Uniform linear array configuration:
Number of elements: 16
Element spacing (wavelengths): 0.5
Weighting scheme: uniform
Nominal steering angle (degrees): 15
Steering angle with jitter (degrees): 15.444
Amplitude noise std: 0.05
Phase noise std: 0.05

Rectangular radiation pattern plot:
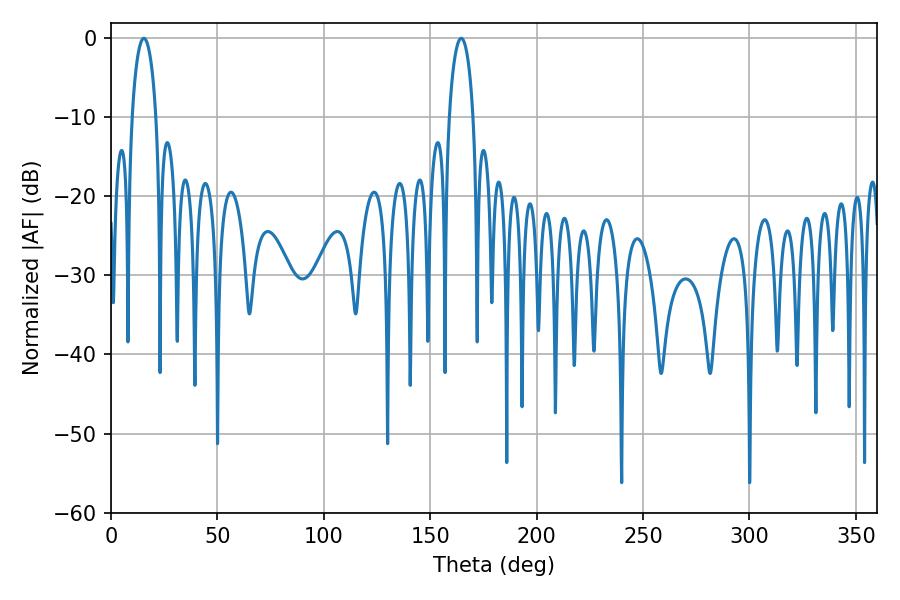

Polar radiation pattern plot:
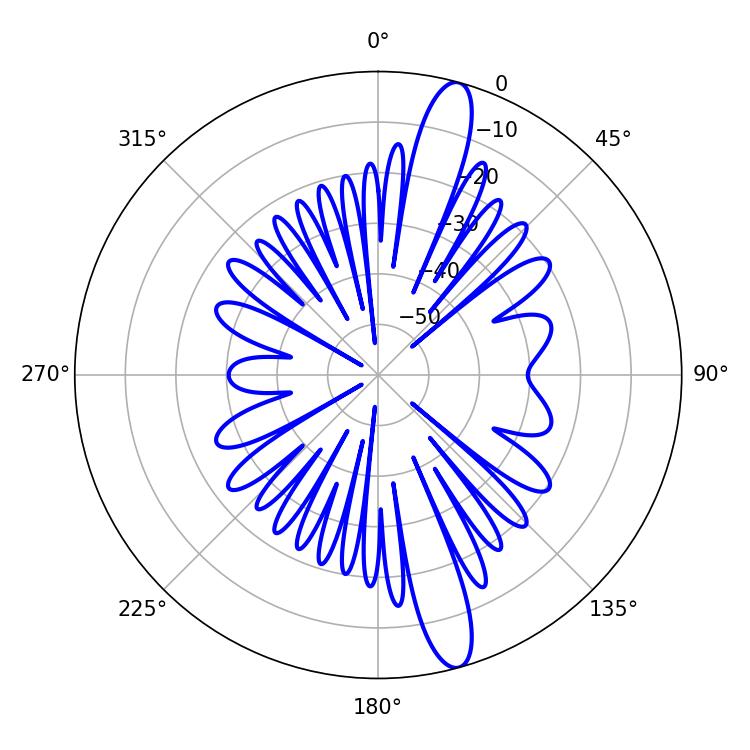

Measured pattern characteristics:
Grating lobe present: FALSE
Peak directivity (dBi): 14.559
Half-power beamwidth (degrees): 6.48
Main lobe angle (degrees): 164.52